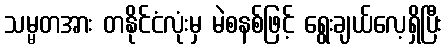
သမ္မတအား တနိုင်ငံလုံးမှ မဲစနစ်ဖြင့် ရွေးချယ်လေ့ရှိပြီး